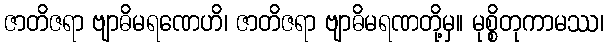
ဇာတိဇရာ ဗျာဓိမရဏေဟိ၊ ဇာတိဇရာ ဗျာဓိမရဏတို့မှ။ မုစ္စိတုကာမဿ၊